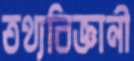
তথ্যবিজ্ঞানী